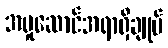
အမှုဆောင်အရာရှိချုပ်